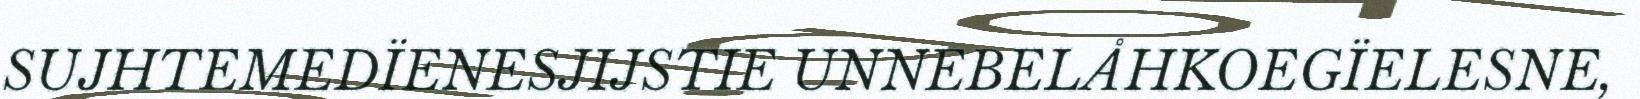
SUJHTEMEDÏENESJIJSTIE UNNEBELÅHKOEGÏELESNE,